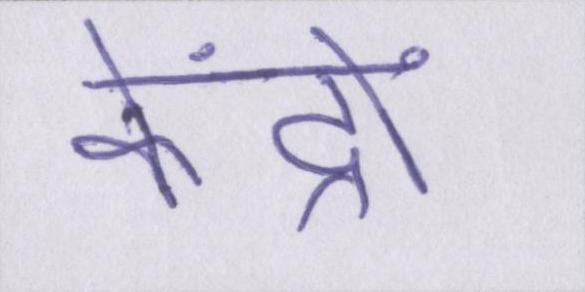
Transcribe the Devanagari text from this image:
केंद्रों